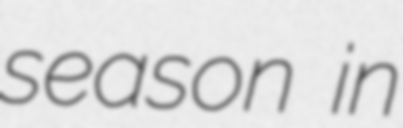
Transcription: season in